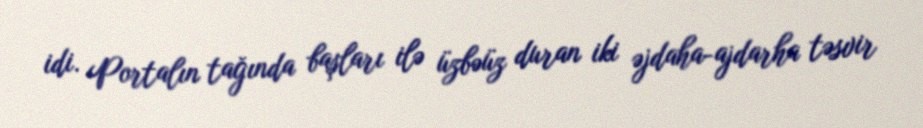
idi. Portalın tağında başları ilə üzbəüz duran iki əjdaha-ajdarha təsvir